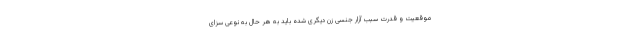
موقعیت و قدرت سبب آزار جنسی زن دیگری شده باید به هر حال به نوعی سزای